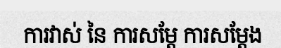
ការវាស់ នៃ ការសម្តែ ការសម្តែង